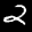
Label: 2